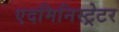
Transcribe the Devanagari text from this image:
एदमिनिस्ट्रेटर